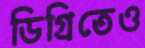
ডিগ্রিতেও